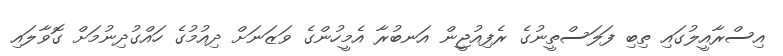
އިސްރާއީލުގައި ތިބި ފަލަސްތީނުގެ ރެފިއުޖީން އަނބުރާ އެމީހުންގެ ވަޒަނަށް ދިއުމުގެ ހައްގުދިނުމަށް ގޮވާލައި